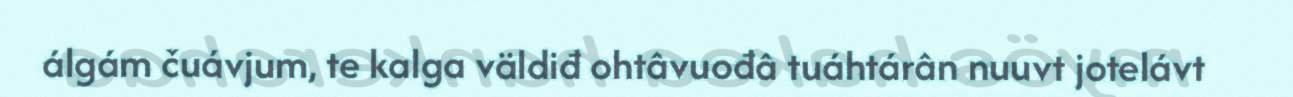
álgám čuávjum, te kalga väldiđ ohtâvuođâ tuáhtárân nuuvt jotelávt